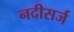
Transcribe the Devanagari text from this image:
नदीसर्ज